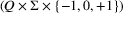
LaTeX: \left( Q \times \Sigma \times \{ - 1 , 0 , + 1 \} \right)